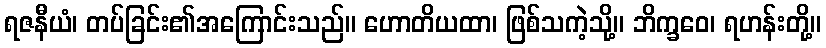
ရဇနီယံ၊ တပ်ခြင်း၏အကြောင်းသည်။ ဟောတိယထာ၊ ဖြစ်သကဲ့သို့။ ဘိက္ခဝေ၊ ရဟန်းတို့။